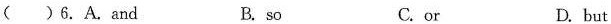
( )6. A. and B. so C. or D. but